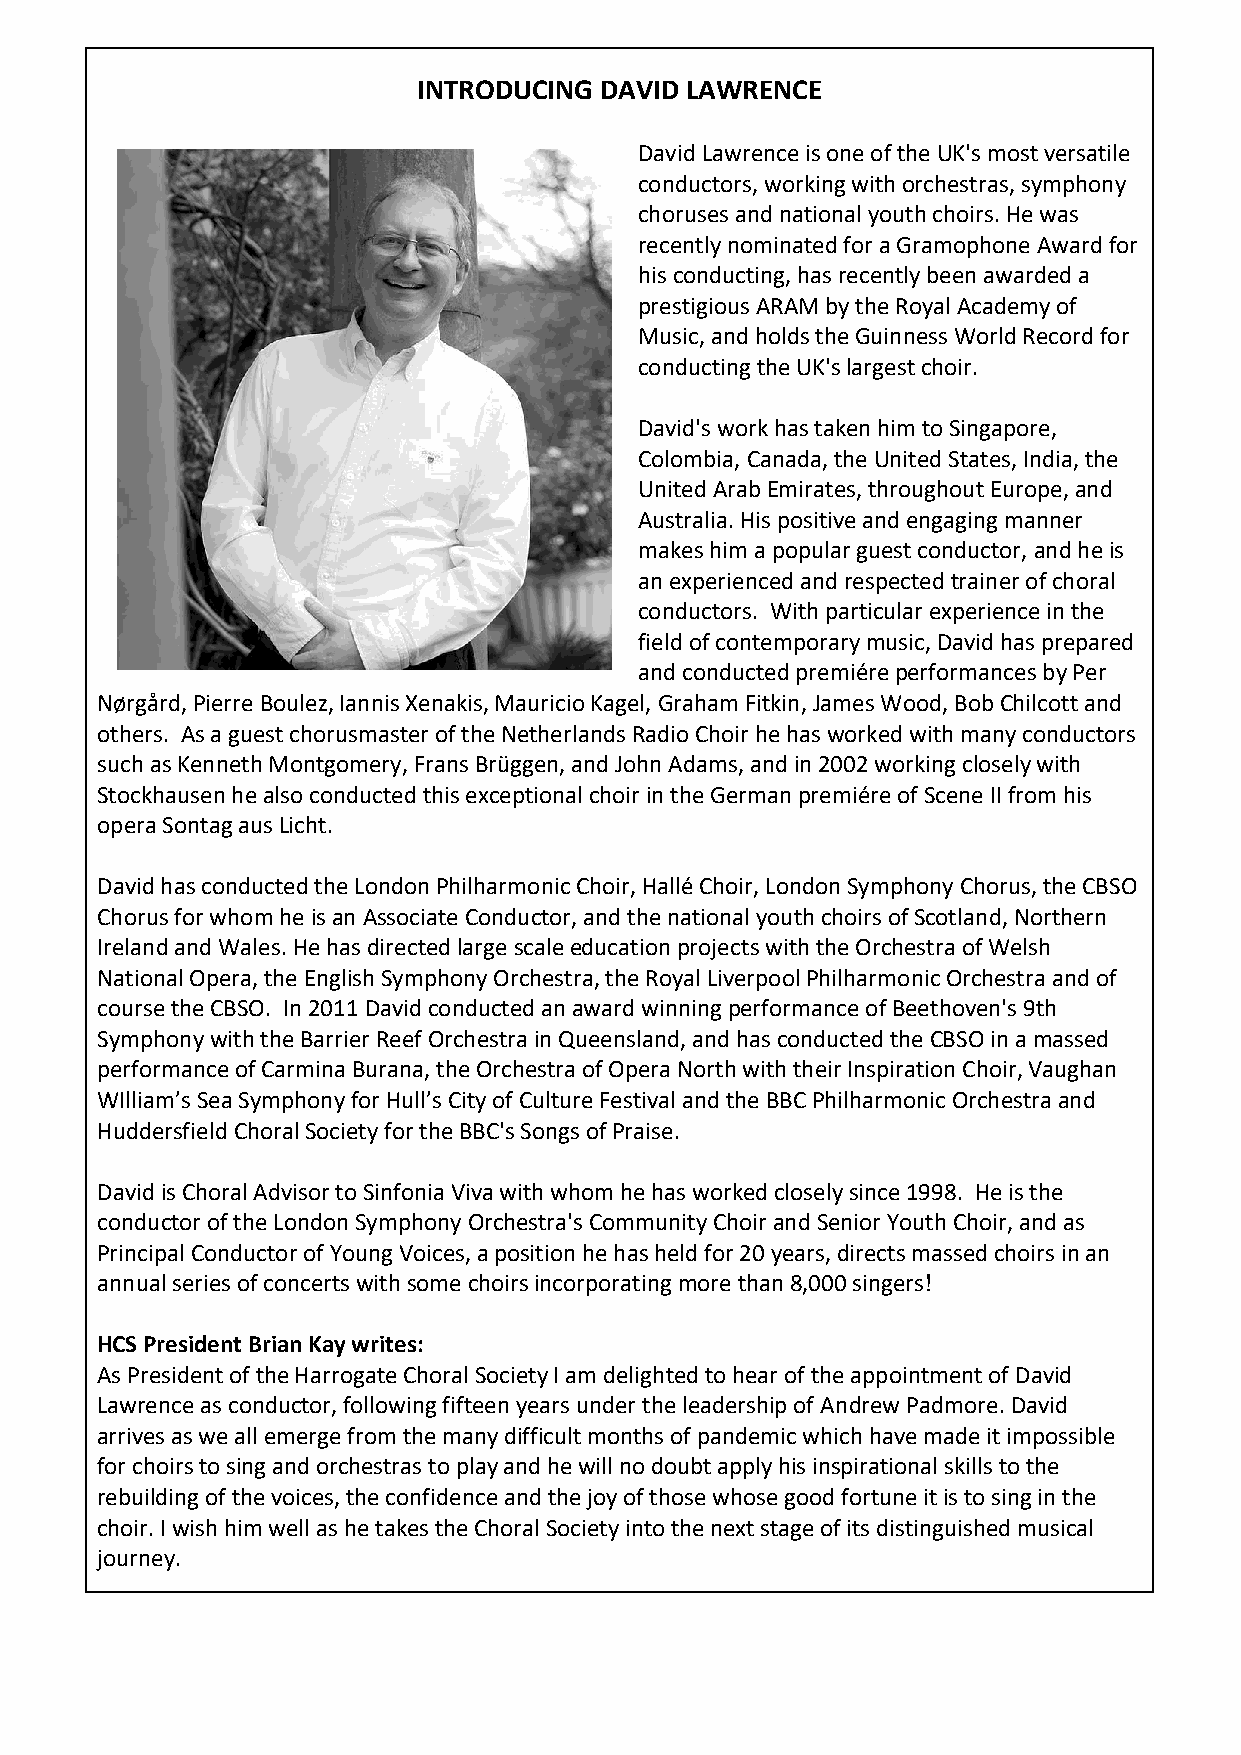
INTRODUCING DAVID LAWRENCE
 David Lawrence is one of the UK's most versatile
 conductors, working with orchestras, symphony
 choruses and national youth choirs. He was
 recently nominated for a Gramophone Award for
 his conducting, has recently been awarded a
 prestigious ARAM by the Royal Academy of
 Music, and holds the Guinness World Record for
 conducting the UK's largest choir.
 David's work has taken him to Singapore,
 Colombia, Canada, the United States, India, the
 United Arab Emirates, throughout Europe, and
 Australia. His positive and engaging manner
 makes him a popular guest conductor, and he is
 an experienced and respected trainer of choral
 conductors. With particular experience in the
 field of contemporary music, David has prepared
 and conducted premiére performances by Per
 Nørgård, Pierre Boulez, Iannis Xenakis, Mauricio Kagel, Graham Fitkin, James Wood, Bob Chilcott and
 others. As a guest chorusmaster of the Netherlands Radio Choir he has worked with many conductors
 such as Kenneth Montgomery, Frans Brüggen, and John Adams, and in 2002 working closely with
 Stockhausen he also conducted this exceptional choir in the German premiére of Scene II from his
 opera Sontag aus Licht.
 David has conducted the London Philharmonic Choir, Hallé Choir, London Symphony Chorus, the CBSO
 Chorus for whom he is an Associate Conductor, and the national youth choirs of Scotland, Northern
 Ireland and Wales. He has directed large scale education projects with the Orchestra of Welsh
 National Opera, the English Symphony Orchestra, the Royal Liverpool Philharmonic Orchestra and of
 course the CBSO. In 2011 David conducted an award winning performance of Beethoven's 9th
 Symphony with the Barrier Reef Orchestra in Queensland, and has conducted the CBSO in a massed
 performance of Carmina Burana, the Orchestra of Opera North with their Inspiration Choir, Vaughan
 WIlliam’s Sea Symphony for Hull’s City of Culture Festival and the BBC Philharmonic Orchestra and
 Huddersfield Choral Society for the BBC's Songs of Praise.
 David is Choral Advisor to Sinfonia Viva with whom he has worked closely since 1998. He is the
 conductor of the London Symphony Orchestra's Community Choir and Senior Youth Choir, and as
 Principal Conductor of Young Voices, a position he has held for 20 years, directs massed choirs in an
 annual series of concerts with some choirs incorporating more than 8,000 singers!
 HCS President Brian Kay writes:
 As President of the Harrogate Choral Society I am delighted to hear of the appointment of David
 Lawrence as conductor, following fifteen years under the leadership of Andrew Padmore. David
 arrives as we all emerge from the many difficult months of pandemic which have made it impossible
 for choirs to sing and orchestras to play and he will no doubt apply his inspirational skills to the
 rebuilding of the voices, the confidence and the joy of those whose good fortune it is to sing in the
 choir. I wish him well as he takes the Choral Society into the next stage of its distinguished musical
 journey.